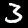
Digit: 3